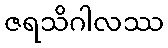
ဇရသိဂါလဿ